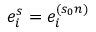
e _ { i } ^ { s } = e _ { i } ^ { ( s _ { 0 } n ) }